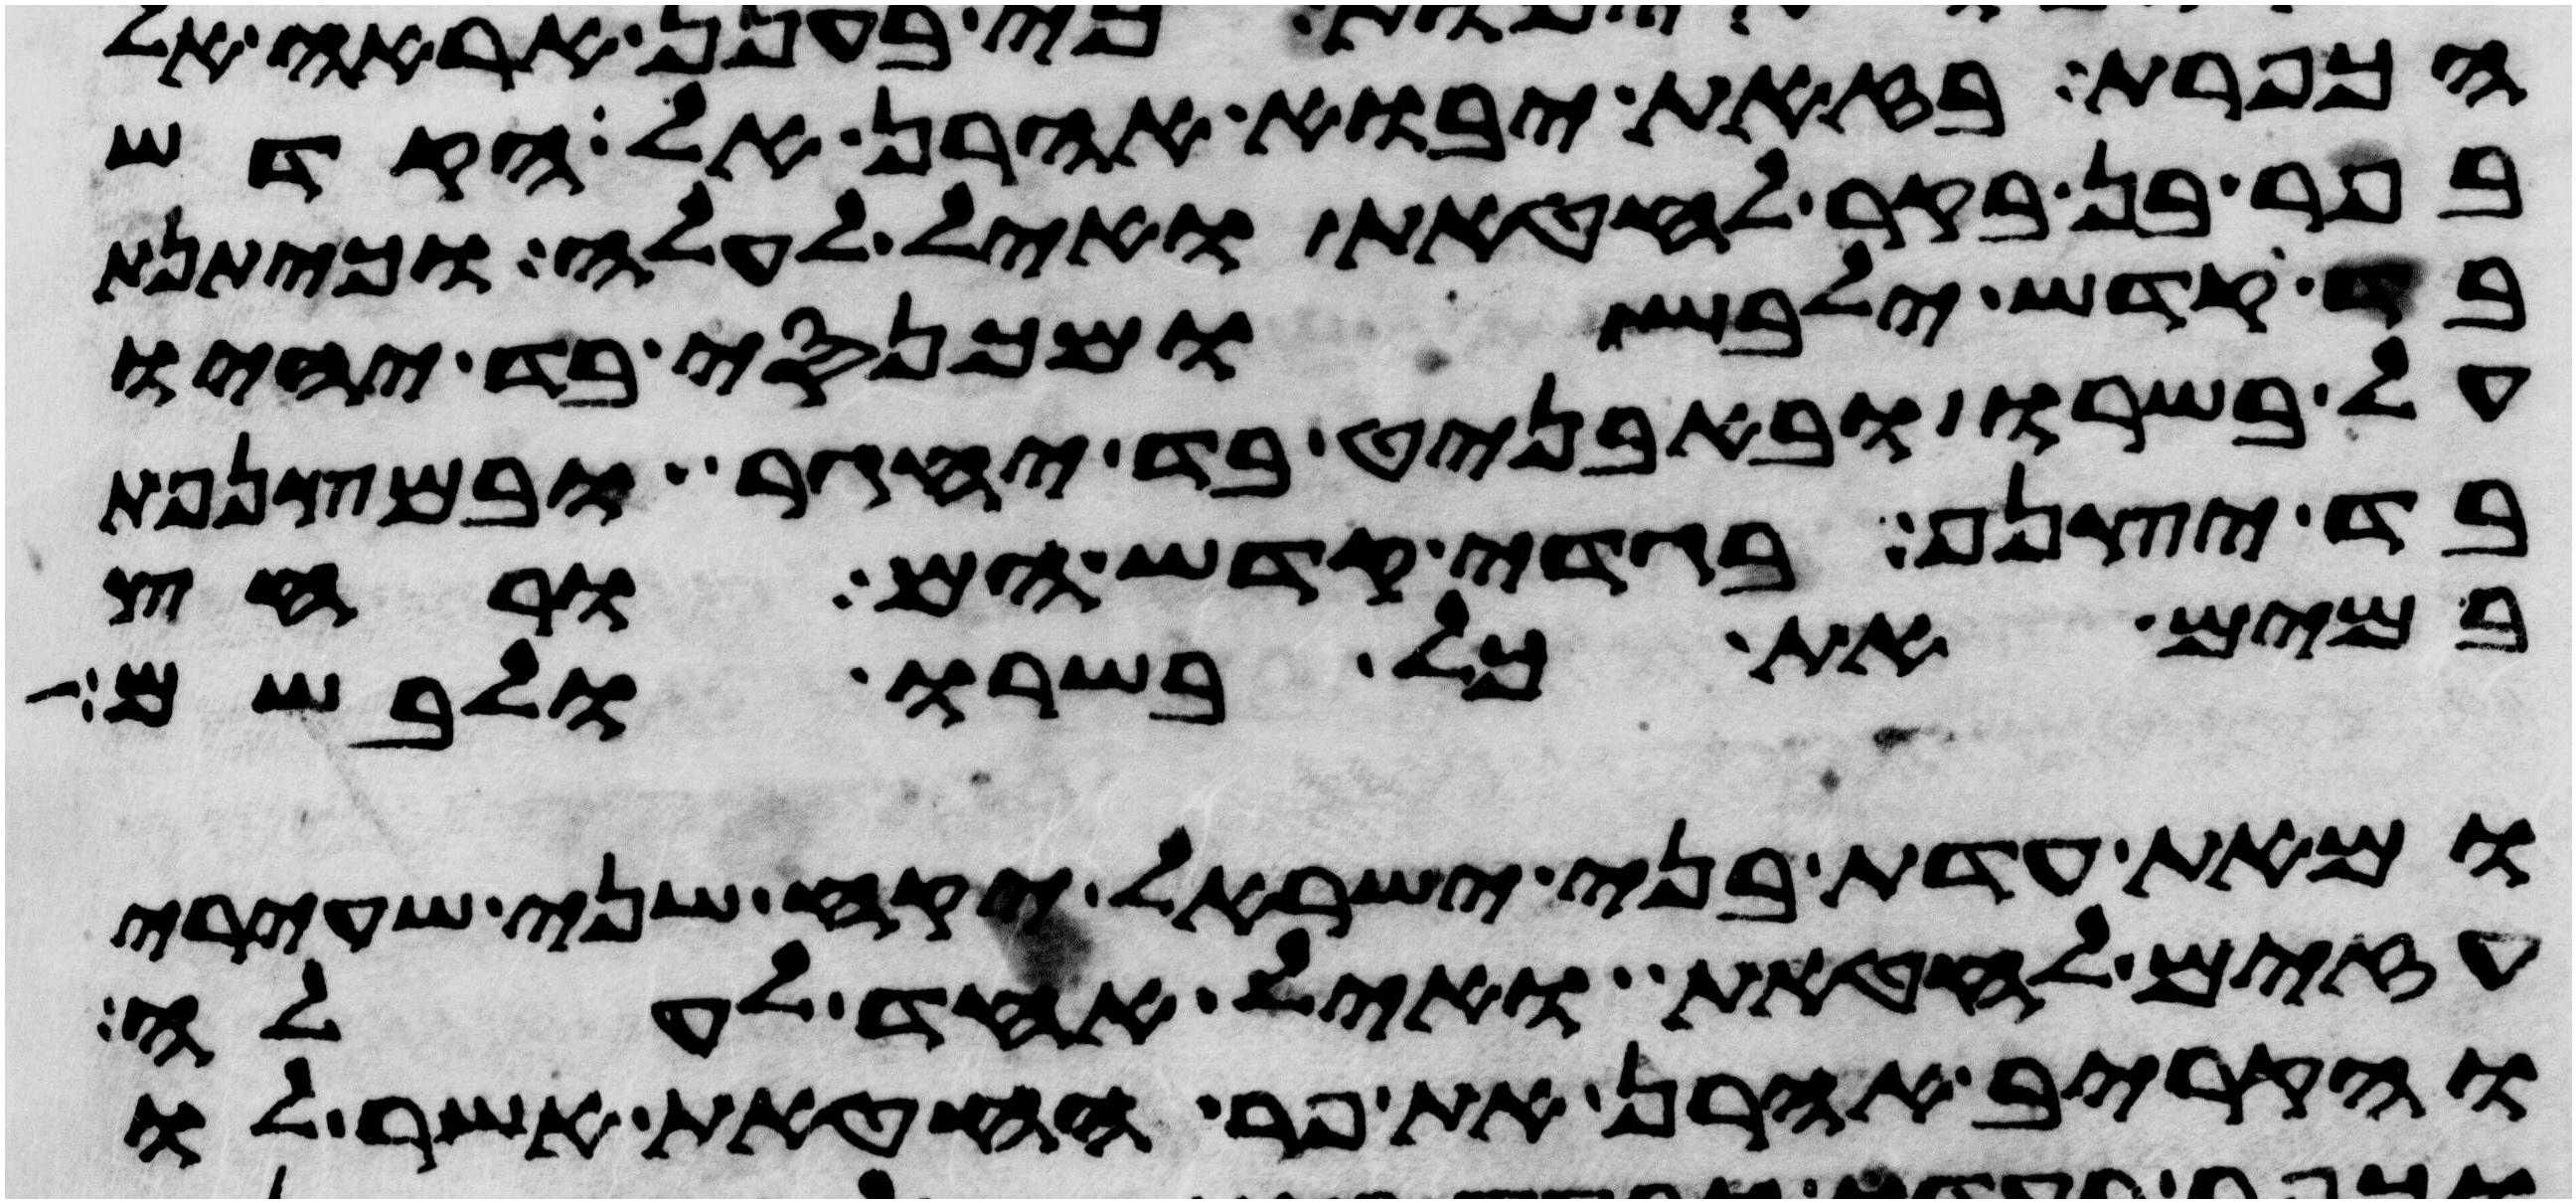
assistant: הכפרת בזאת יבוא אהרן אל הקדש
בפר בן בקר לחטאת ואיל לעלה וכיתנת
בד קדש ילבש ומכנסי בד יהיו
על בשרו ובאבניט בד יחגר ובמצנפת
בד יצנף בגדי קדש הם ורחץ
במים את כל בשרו ולבשם
ומאת עדת בני ישראל יקח שני שעירי
עזים לחטאת ואיל אחד לעלה
והקריב אהרן את פר החטאת אשר לו